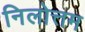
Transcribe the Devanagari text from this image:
निलोत्तम